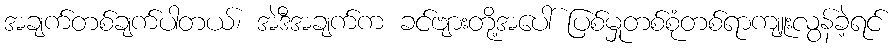
အချက်တစ်ချက်ပါတယ်၊ အဲဒီအချက်က ခင်ဗျားတို့အပေါ် ပြစ်မှုတစ်စုံတစ်ရာကျူးလွန်ခဲ့ရင်